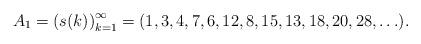
LaTeX: \begin{align*}A_1 = \left( s(k) \right)_{k=1}^{\infty} = (1,3,4,7,6,12,8,15,13,18,20,28,\ldots ). \end{align*}